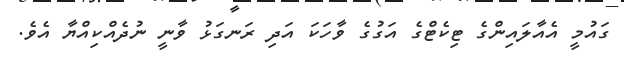
ގައުމީ އެއާލައިންގެ ޓިކެޓްގެ އަގުގެ ވާހަކަ އަދި ރަނގަޅު ވާނީ ނުދެއްކިއްޔާ އެވެ.